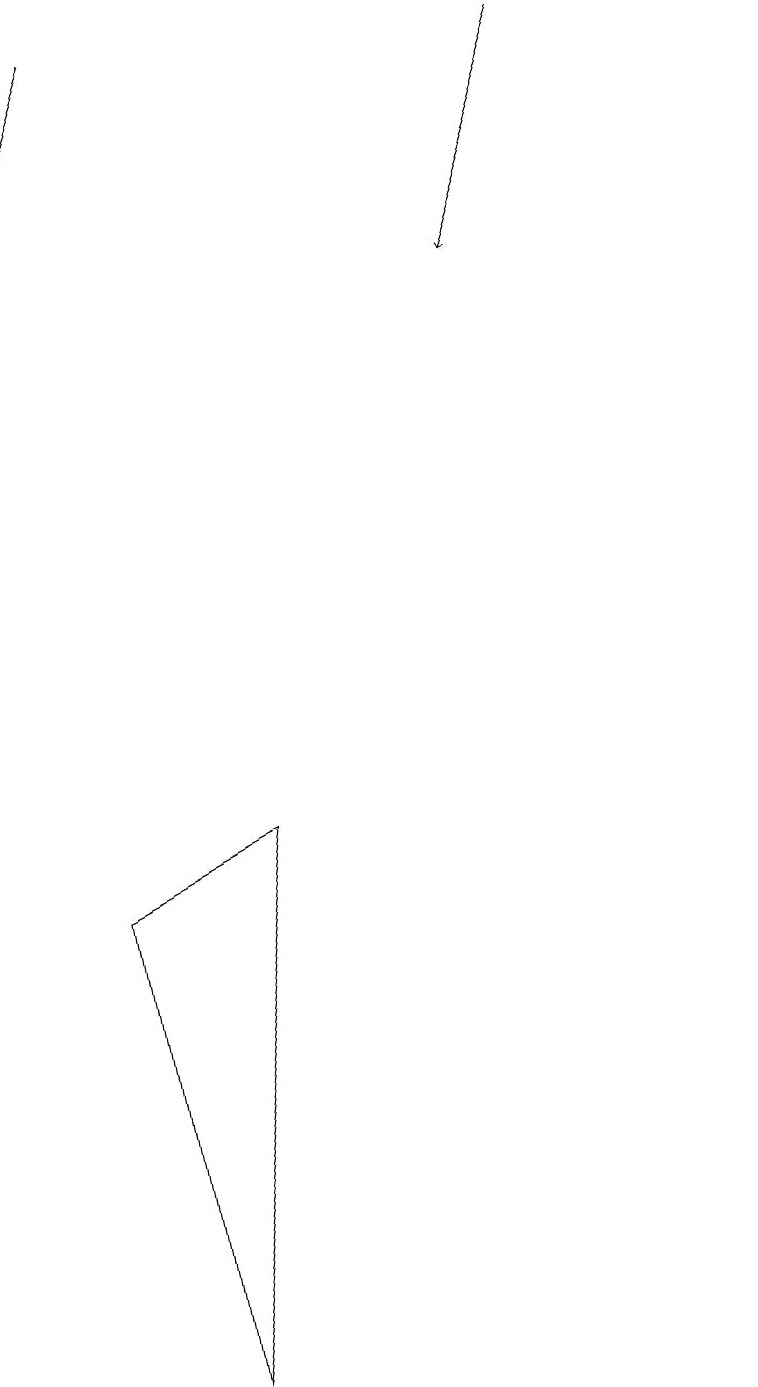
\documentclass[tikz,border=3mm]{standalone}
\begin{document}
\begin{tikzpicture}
\draw[->] (2,18) -- (1,15);
\draw[->] (8,18) -- (7,15);
\draw (10,10) circle (0);
\draw (2,7) -- (3,1) -- (4,8) -- cycle;
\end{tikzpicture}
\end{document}